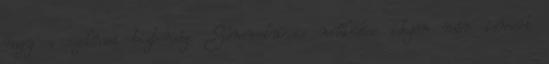
nagy a szakmai biztonság. Semmelweis működése idején már ismert